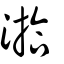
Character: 湁